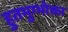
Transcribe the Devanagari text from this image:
हुतभुग्भोक्ता